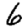
Digit: 6